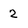
Character: 2